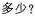
多少?